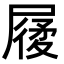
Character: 𡳌